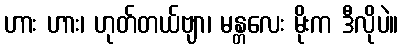
ဟား ဟား၊ ဟုတ်တယ်ဗျာ၊ မန္တလေး မိုးက ဒီလိုပဲ။